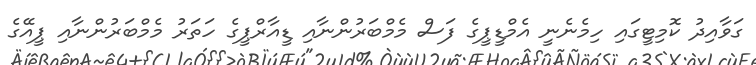
ގަވާއިދު ކޮމިޓީގައި ހިމެނެނީ އެމްޑީޕީގެ ފަސް މެމްބަރުންނާއި ޑީއާރްޕީގެ ހަތަރު މެމްބަރުންނާއި ޕީއޭގެ